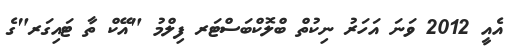
އެއީ 2012 ވަނަ އަހަރު ނިކުތް ބްލޮކްބަސްޓަރ ފިލްމު "އޭކް ތާ ޓައިގަރ"ގެ